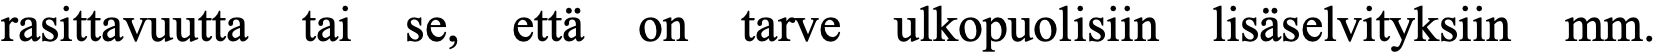
rasittavuutta tai se, että on tarve ulkopuolisiin lisäselvityksiin mm.